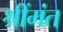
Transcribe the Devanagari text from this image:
श्रींमंत